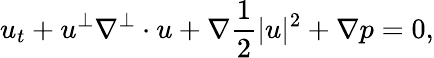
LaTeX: u_{t}+u^{\perp}\nabla^{\perp}\cdot u+\nabla\frac{1}{2}|u|^{2}+\nabla p=0,